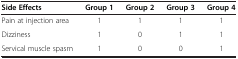
<table><thead><tr><td><b>Side Effects</b></td><td><b>Group 1</b></td><td><b>Group 2</b></td><td><b>Group 3</b></td><td><b>Group 4</b></td></tr></thead><tbody><tr><td>Pain at injection area</td><td>1</td><td>1</td><td>1</td><td>1</td></tr><tr><td>Dizziness</td><td>1</td><td>0</td><td>1</td><td>1</td></tr><tr><td>Servical muscle spasm</td><td>1</td><td>0</td><td>0</td><td>1</td></tr></tbody></table>